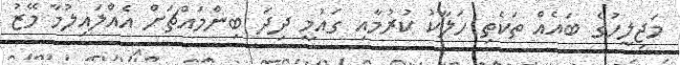
މަޖިލީހުގެ ބައެއް ތަކެތި ހަލާކު ކުރުމާއި ގައުމީ ދިދަ ބިންމައްޗަށް އެއްލައިލުމާ މޭޒު